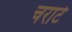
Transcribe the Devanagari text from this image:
चराटे